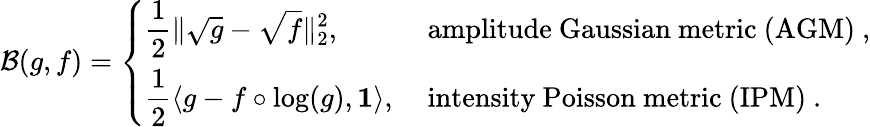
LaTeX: \begin{array}{r}{\mathcal{B}(g,f)=\displaystyle\left\{ \begin{array}{ll}{\displaystyle\frac{1}{2}\| \sqrt{g}-\sqrt{f}\| _{2}^{2},}&{\mathrm{~amplitude~Gaussian~metric~(AGM)~},}\\ {\displaystyle\frac{1}{2}\langle g-f\circ\log(g),\mathbf{1}\rangle,}&{\mathrm{~intensity~Poisson~metric~(IPM)~}.}\end{array}\right.}\end{array}